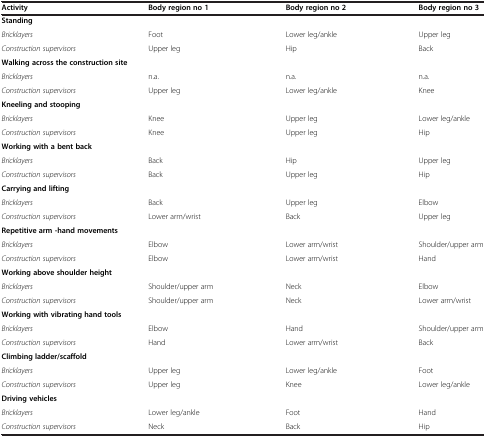
<table><thead><tr><td><b>Activity</b></td><td><b>Body region no 1</b></td><td><b>Body region no 2</b></td><td><b>Body region no 3</b></td></tr></thead><tbody><tr><td colspan="4"><b>Standing</b></td></tr><tr><td><i>Bricklayers</i></td><td>Foot</td><td>Lower leg/ankle</td><td>Upper leg</td></tr><tr><td><i>Construction supervisors</i></td><td>Upper leg</td><td>Hip</td><td>Back</td></tr><tr><td colspan="4"><b>Walking across the construction site</b></td></tr><tr><td><i>Bricklayers</i></td><td>n.a.</td><td>n.a.</td><td>n.a.</td></tr><tr><td><i>Construction supervisors</i></td><td>Upper leg</td><td>Lower leg/ankle</td><td>Knee</td></tr><tr><td colspan="4"><b>Kneeling and stooping</b></td></tr><tr><td><i>Bricklayers</i></td><td>Knee</td><td>Upper leg</td><td>Lower leg/ankle</td></tr><tr><td><i>Construction supervisors</i></td><td>Knee</td><td>Upper leg</td><td>Hip</td></tr><tr><td colspan="4"><b>Working with a bent back</b></td></tr><tr><td><i>Bricklayers</i></td><td>Back</td><td>Hip</td><td>Upper leg</td></tr><tr><td><i>Construction supervisors</i></td><td>Back</td><td>Upper leg</td><td>Hip</td></tr><tr><td colspan="4"><b>Carrying and lifting</b></td></tr><tr><td><i>Bricklayers</i></td><td>Back</td><td>Upper leg</td><td>Elbow</td></tr><tr><td><i>Construction supervisors</i></td><td>Lower arm/wrist</td><td>Back</td><td>Upper leg</td></tr><tr><td colspan="4"><b>Repetitive arm -hand movements</b></td></tr><tr><td><i>Bricklayers</i></td><td>Elbow</td><td>Lower arm/wrist</td><td>Shoulder/upper arm</td></tr><tr><td><i>Construction supervisors</i></td><td>Elbow</td><td>Lower arm/wrist</td><td>Hand</td></tr><tr><td colspan="4"><b>Working above shoulder height</b></td></tr><tr><td><i>Bricklayers</i></td><td>Shoulder/upper arm</td><td>Neck</td><td>Elbow</td></tr><tr><td><i>Construction supervisors</i></td><td>Shoulder/upper arm</td><td>Neck</td><td>Lower arm/wrist</td></tr><tr><td colspan="4"><b>Working with vibrating hand tools</b></td></tr><tr><td><i>Bricklayers</i></td><td>Elbow</td><td>Hand</td><td>Shoulder/upper arm</td></tr><tr><td><i>Construction supervisors</i></td><td>Hand</td><td>Lower arm/wrist</td><td>Back</td></tr><tr><td colspan="4"><b>Climbing ladder/scaffold</b></td></tr><tr><td><i>Bricklayers</i></td><td>Upper leg</td><td>Lower leg/ankle</td><td>Foot</td></tr><tr><td><i>Construction supervisors</i></td><td>Upper leg</td><td>Knee</td><td>Lower leg/ankle</td></tr><tr><td colspan="4"><b>Driving vehicles</b></td></tr><tr><td><i>Bricklayers</i></td><td>Lower leg/ankle</td><td>Foot</td><td>Hand</td></tr><tr><td><i>Construction supervisors</i></td><td>Neck</td><td>Back</td><td>Hip</td></tr></tbody></table>